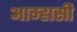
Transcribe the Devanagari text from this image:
आम्हासी